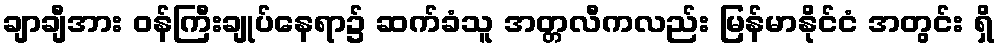
ချာချီအား ဝန်ကြီးချုပ်နေရာ၌ ဆက်ခံသူ အတ္တလီကလည်း မြန်မာနိုင်ငံ အတွင်း ရှိ